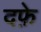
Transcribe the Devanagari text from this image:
दफ़े